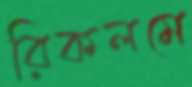
রিকলমে